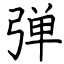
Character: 弹